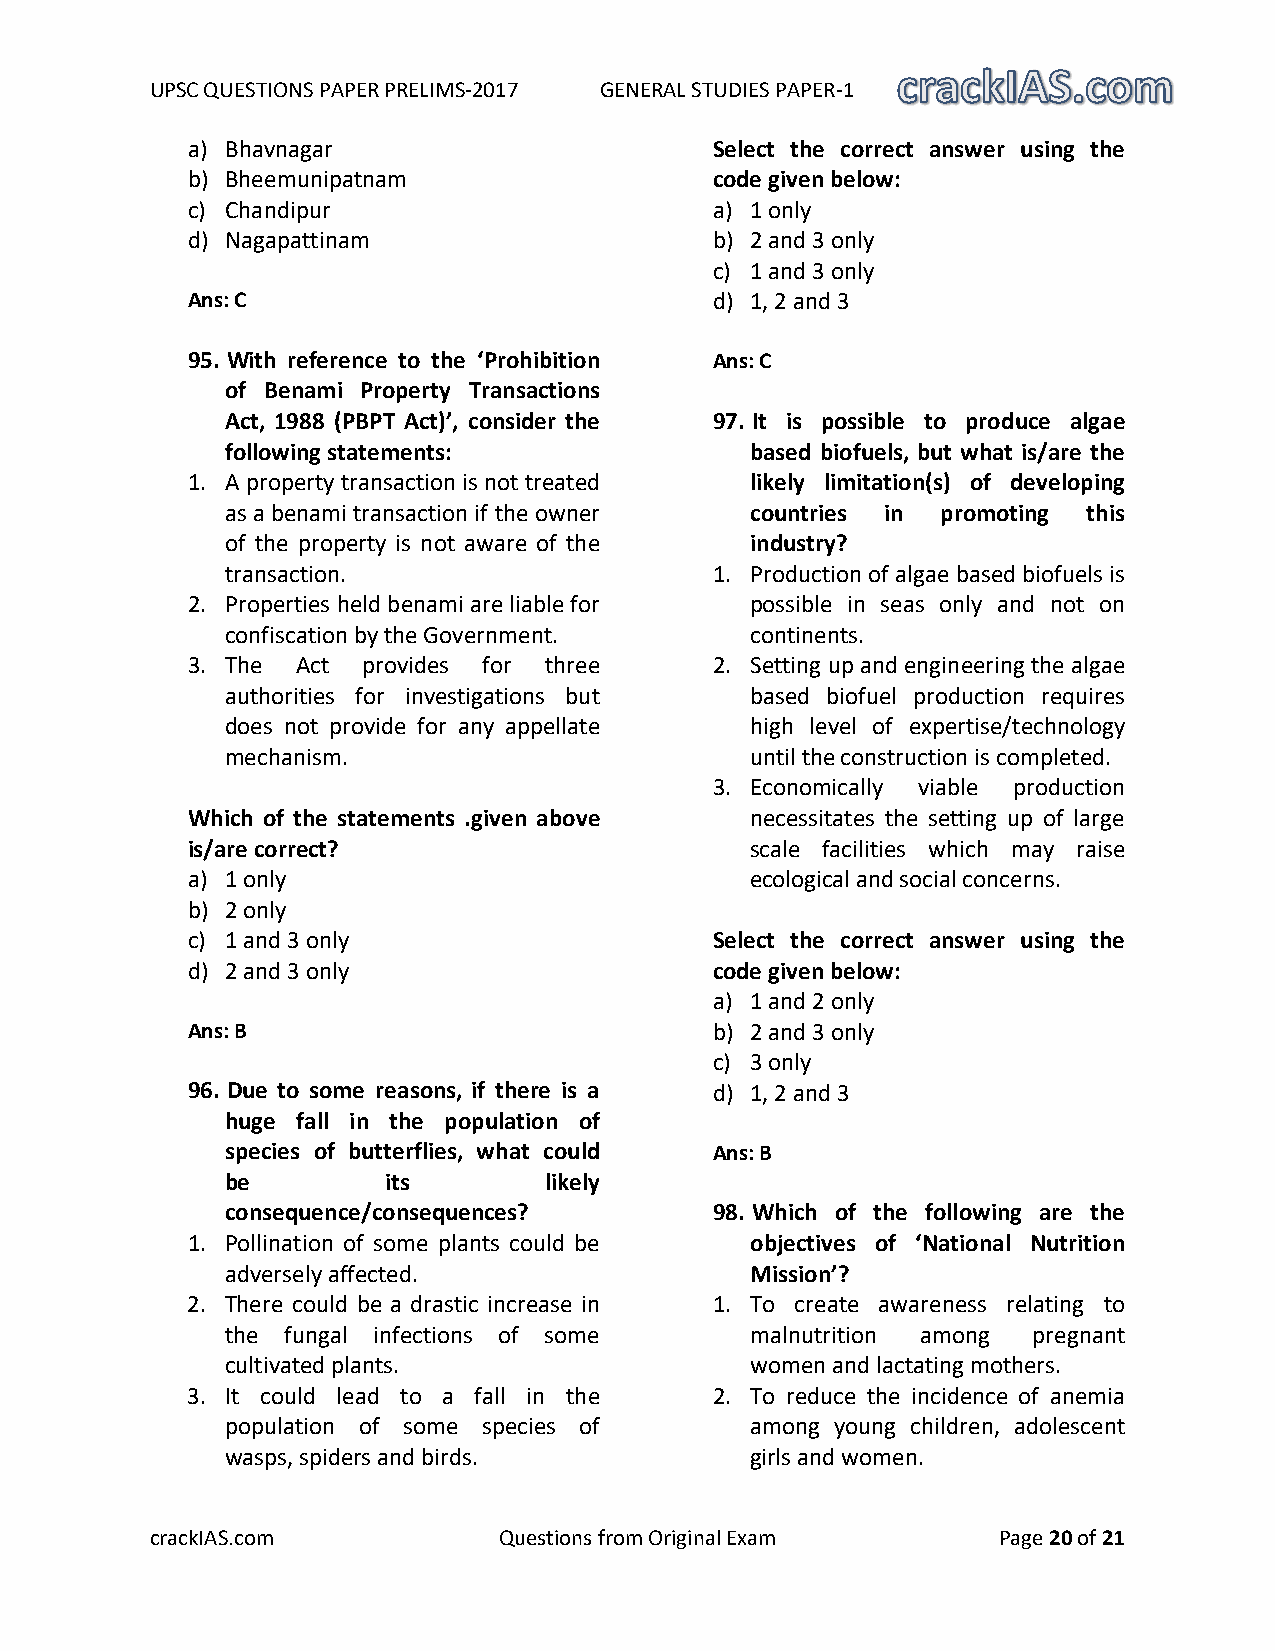
UPSC QUESTIONS PAPER PRELIMS-2017 GENERAL STUDIES PAPER-1
 a) Bhavnagar                       Select the correct answer using the
 b) Bheemunipatnam                  code given below:
 c) Chandipur                       a) 1 only
 d) Nagapattinam                    b) 2 and 3 only
 c) 1 and 3 only
 Ans: C                             d) 1, 2 and 3
 95. With reference to the ‘Prohibition Ans: C
 of Benami Property Transactions
 Act, 1988 (PBPT Act)’, consider the 97. It is possible to produce algae
 following statements:              based biofuels, but what is/are the
 1. A property transaction is not treated likely limitation(s) of developing
 as a benami transaction if the owner countries in promoting this
 of the property is not aware of the industry?
 transaction.                    1. Production of algae based biofuels is
 2. Properties held benami are liable for possible in seas only and not on
 confiscation by the Government.    continents.
 3. The  Act provides for three     2. Setting up and engineering the algae
 authorities for investigations but based biofuel production requires
 does not provide for any appellate high level of expertise/technology
 mechanism.                         until the construction is completed.
 3. Economically viable production
 Which of the statements .given above  necessitates the setting up of large
 is/are correct?                       scale facilities which may raise
 a) 1 only                             ecological and social concerns.
 b) 2 only
 c) 1 and 3 only                    Select the correct answer using the
 d) 2 and 3 only                    code given below:
 a) 1 and 2 only
 Ans: B                             b) 2 and 3 only
 c) 3 only
 96. Due to some reasons, if there is a d) 1, 2 and 3
 huge fall in the population of
 species of butterflies, what could Ans: B
 be         its       likely
 consequence/consequences?       98. Which of the following are the
 1. Pollination of some plants could be objectives of ‘National Nutrition
 adversely affected.                Mission’?
 2. There could be a drastic increase in 1. To create awareness relating to
 the fungal infections of some      malnutrition among pregnant
 cultivated plants.                 women and lactating mothers.
 3. It could lead to a fall in the  2. To reduce the incidence of anemia
 population of some species of      among young children, adolescent
 wasps, spiders and birds.          girls and women.
 crackIAS.com           Questions from Original Exam     Page 20 of 21